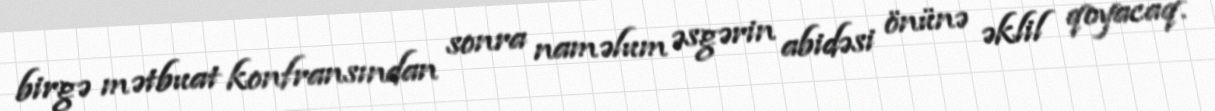
birgə mətbuat konfransından sonra naməlum əsgərin abidəsi önünə əklil qoyacaq.